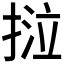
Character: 𢯛